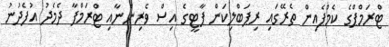
ޓްރަމްޕްގެ ކެމްޕެއިން ތެރޭގައި ރިޕަބްލިކަން ޕާޓީގެ އިސް ވެރިންނާއި ޓްރަމްޕާ ދެމެދު އުފެދުނު